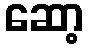
ဆော့